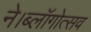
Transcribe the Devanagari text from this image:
ने।ब्लॉगोत्सव